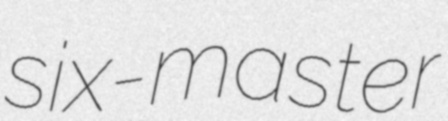
six-master